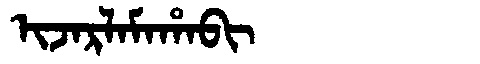
Manchu: ᡳᠵᠠᡵᠯᠠᠮᠠᡥᠠᠪᡳ
Romanization: IJARLAMAHABI